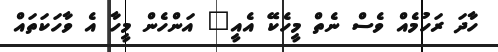
ހާދަ ރަހުމެއް ވެސް ނެތް މީހެކޭ އެއީ" އަންހެން މީހާ އެ ވާހަކަތައް